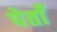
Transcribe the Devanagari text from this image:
पेताँ